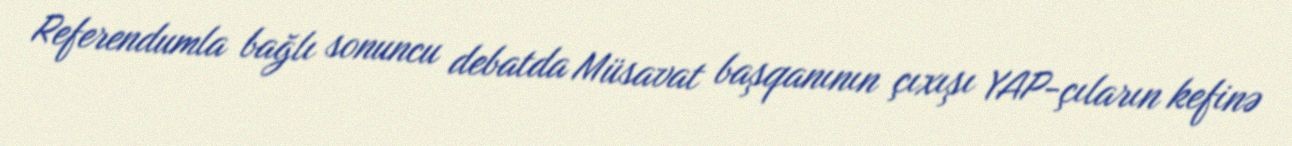
Referendumla bağlı sonuncu debatda Müsavat başqanının çıxışı YAP-çıların kefinə